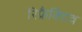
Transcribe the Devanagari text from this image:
रिफ्रैक्टिव